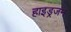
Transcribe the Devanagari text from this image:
हाइड्रजन